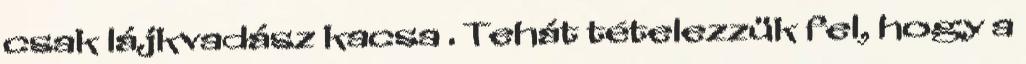
csak lájkvadász kacsa . Tehát tételezzük fel, hogy a